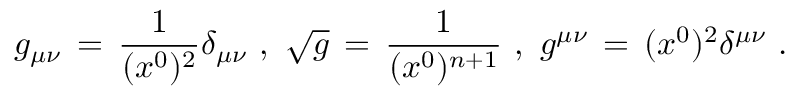
g _ { \mu \nu } \, = \, { \frac { 1 } { ( x ^ { 0 } ) ^ { 2 } } } \delta _ { \mu \nu } \, \, , \, \, \sqrt { g } \, = \, { \frac { 1 } { ( x ^ { 0 } ) ^ { n + 1 } } } \, \, , \, \, g ^ { \mu \nu } \, = \, ( x ^ { 0 } ) ^ { 2 } \delta ^ { \mu \nu } \, \, .